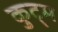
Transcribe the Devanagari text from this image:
कुट्म